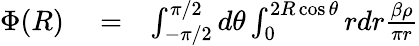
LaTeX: \begin{array}{rlr}{\Phi(R)}&{{}=}&{\int_{-\pi/2}^{\pi/2}d\theta\int_{0}^{2R\cos\theta}rdr\frac{\beta\rho}{\pi r}}\end{array}